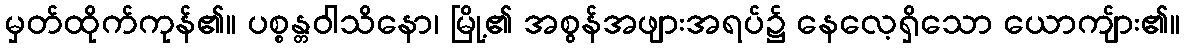
မှတ်ထိုက်ကုန်၏။ ပစ္စန္တဝါသိနော၊ မြို့၏ အစွန်အဖျားအရပ်၌ နေလေ့ရှိသော ယောကျ်ား၏။